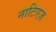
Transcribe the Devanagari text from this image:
नाटिएज़